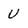
Character: U